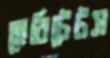
হেরিটেটস